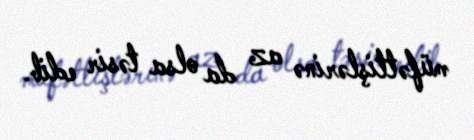
müfəttişlərinə az da olsa təsir edib.